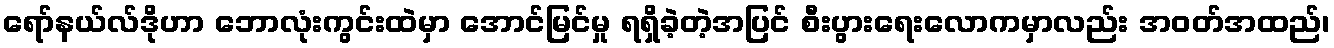
ရော်နယ်လ်ဒိုဟာ ဘောလုံးကွင်းထဲမှာ အောင်မြင်မှု ရရှိခဲ့တဲ့အပြင် စီးပွားရေးလောကမှာလည်း အဝတ်အထည်၊